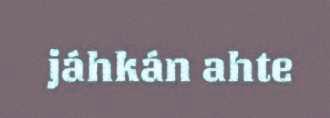
jáhkán ahte